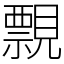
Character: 𧢄